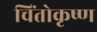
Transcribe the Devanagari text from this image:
चिंतोकृष्ण